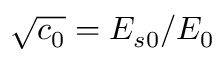
\sqrt { c _ { 0 } } = E _ { s 0 } / E _ { 0 }